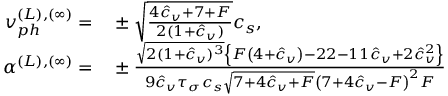
\begin{array} { r l } { v _ { p h } ^ { ( L ) , ( \infty ) } = } & { { } \pm \sqrt { \frac { 4 { \hat { c } _ { v } } + 7 + F } { 2 ( 1 + \hat { c } _ { v } ) } } c _ { s } , } \\ { \alpha ^ { ( L ) , ( \infty ) } = } & { { } \pm \frac { \sqrt { 2 ( 1 + { \hat { c } _ { v } } ) ^ { 3 } } \left\{ F \left( 4 + { \hat { c } _ { v } } \right) - 2 2 - 1 1 { \hat { c } _ { v } } + 2 { \hat { c } _ { v } } ^ { 2 } \right\} } { 9 \hat { c } _ { v } \tau _ { \sigma } c _ { s } \sqrt { 7 + 4 { \hat { c } _ { v } } + F } \left( 7 + 4 { \hat { c } _ { v } } - F \right) ^ { 2 } F } } \end{array}